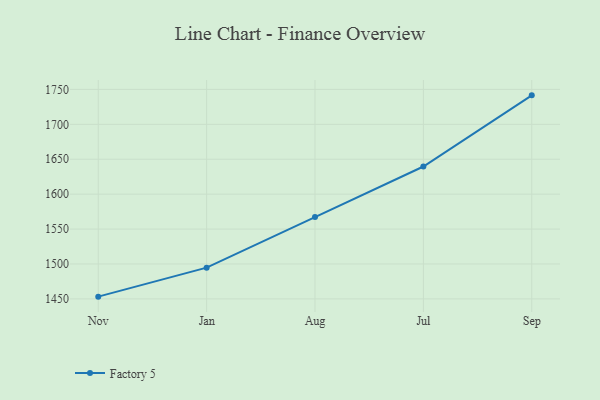
{"axis": {"x": "Month", "y": "Population (Million)"}, "legend": ["Factory 5"], "data": [{"x": "Nov", "y": 1453.2, "type": "Factory 5"}, {"x": "Jan", "y": 1494.7, "type": "Factory 5"}, {"x": "Aug", "y": 1567.2, "type": "Factory 5"}, {"x": "Jul", "y": 1639.6, "type": "Factory 5"}, {"x": "Sep", "y": 1741.5, "type": "Factory 5"}]}